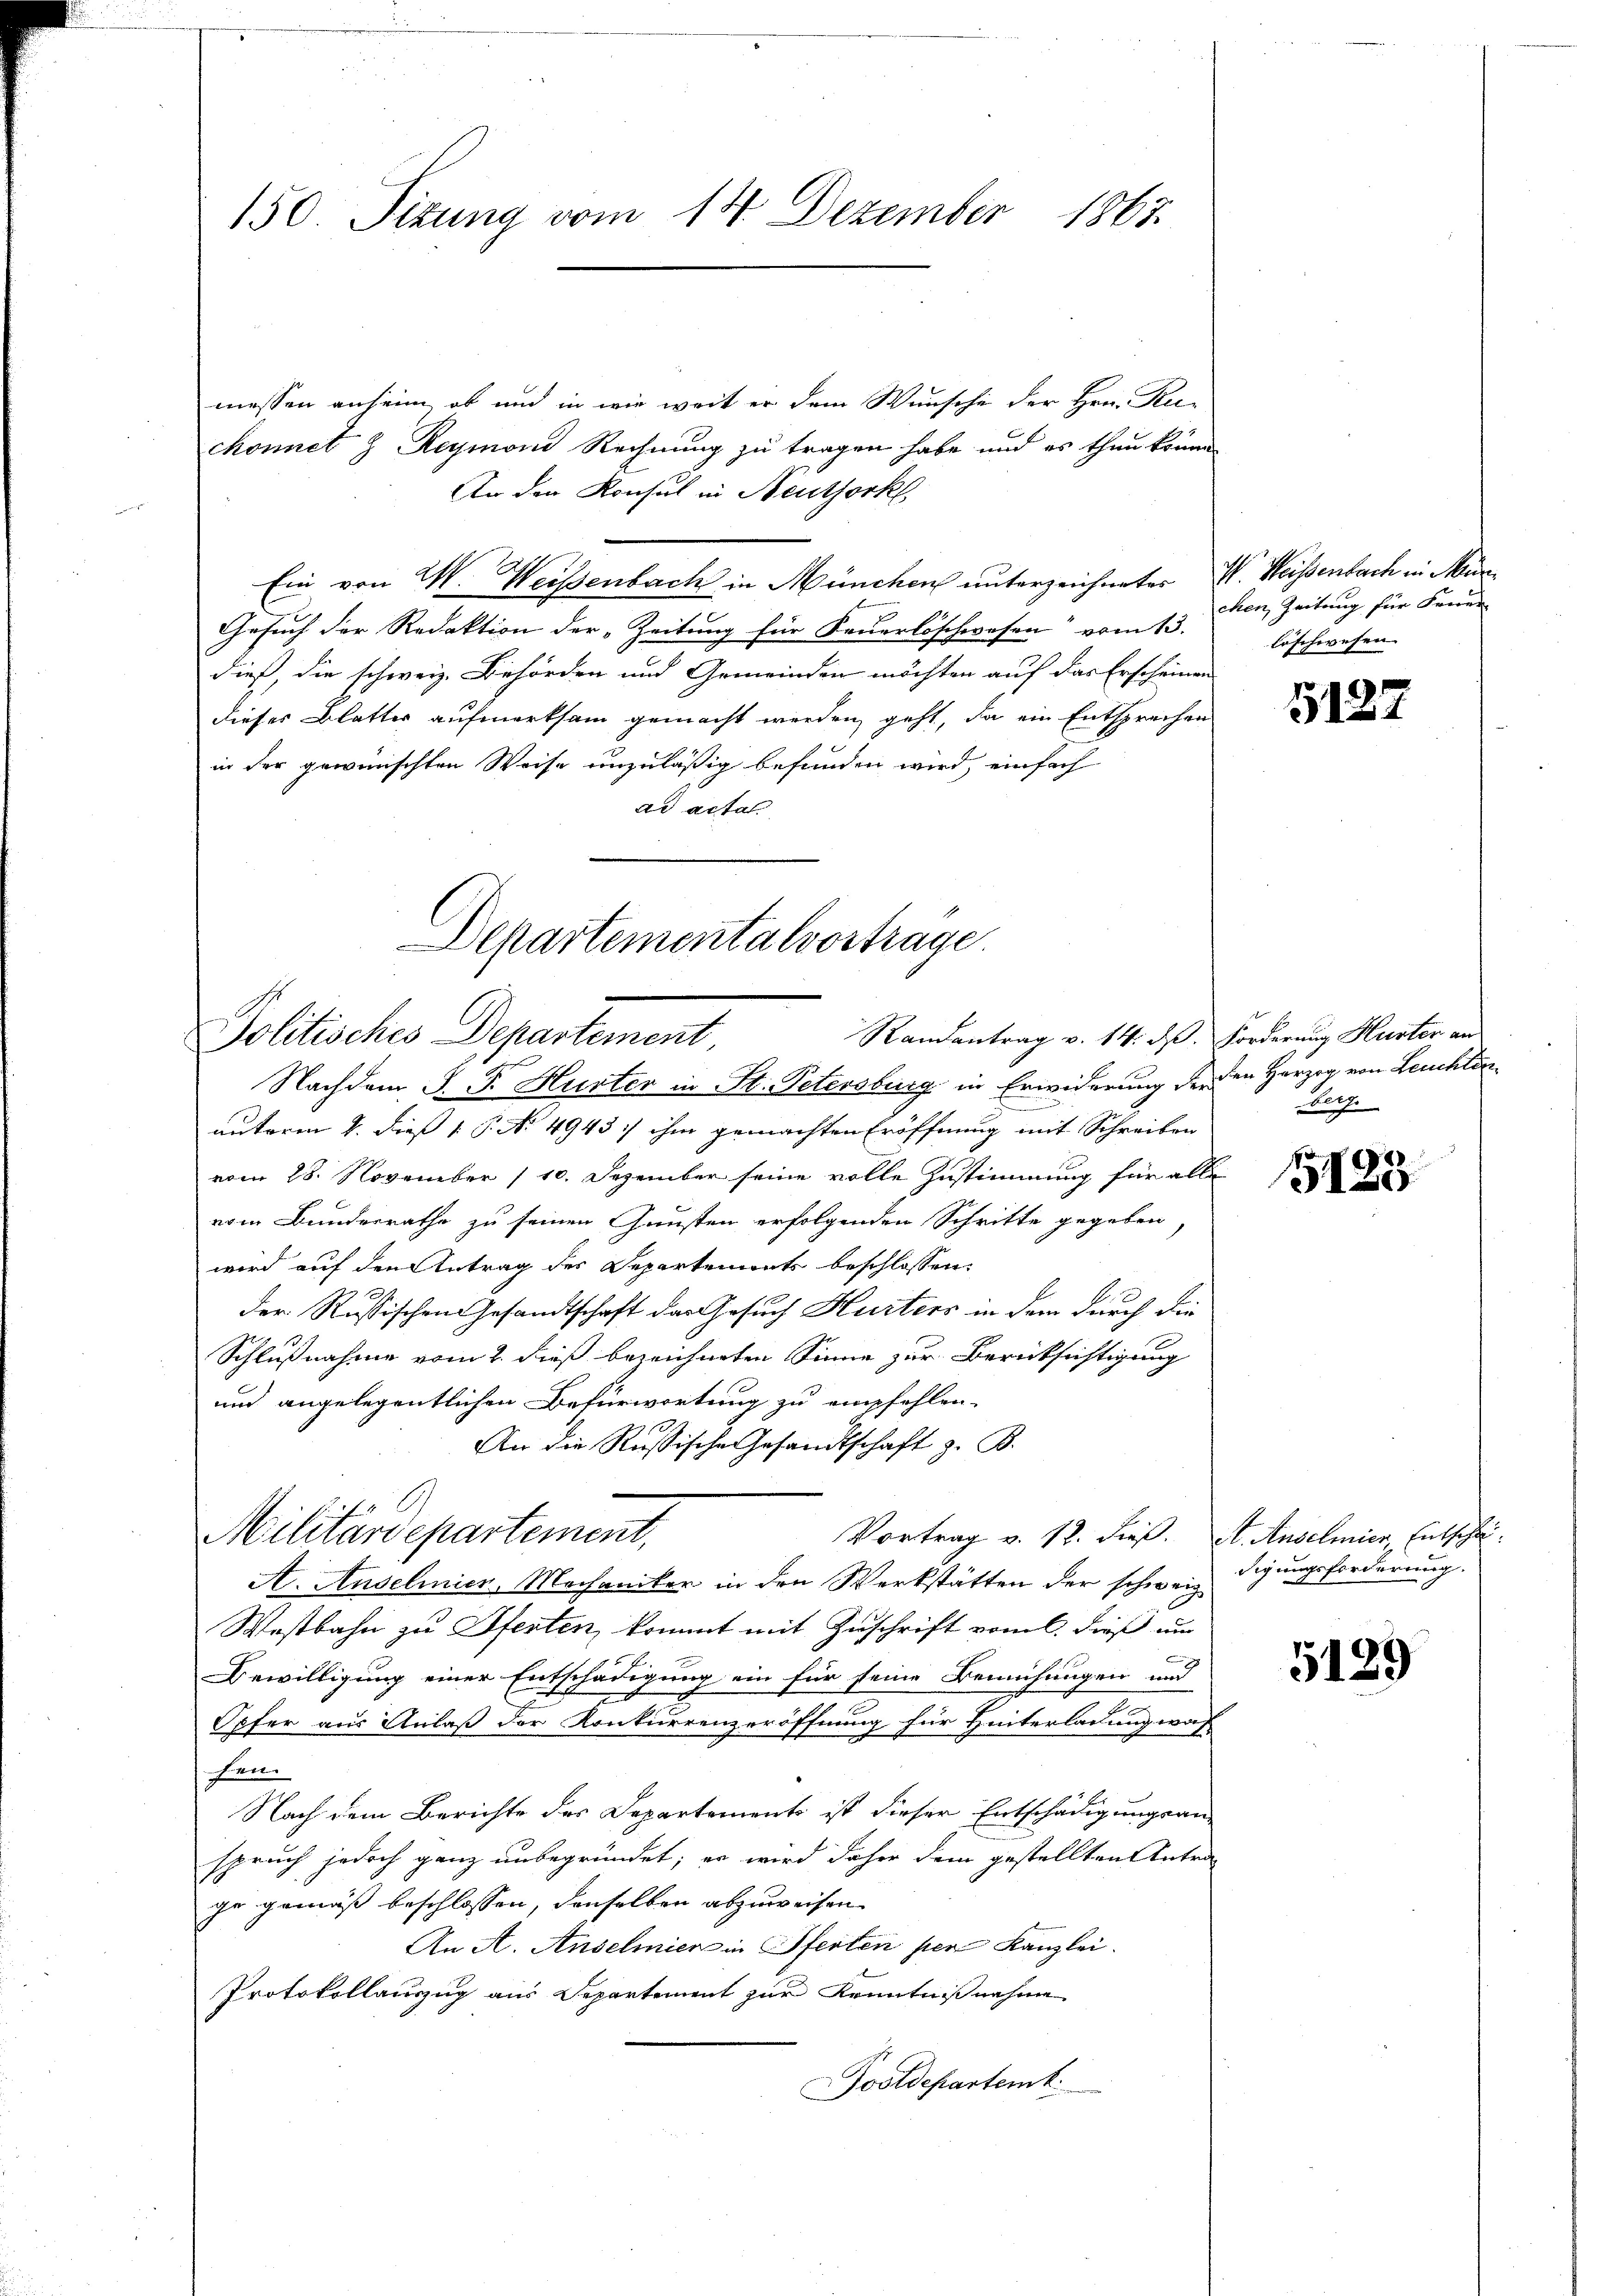
150. Sizung vom 14. Dezember 1867.

messen anheim, ob und in wie weit er dem Wunsche der Hrn. Ruchonnet & Reymoni Rechnung zu tragen habe und es thun könne.
An den Konsul in Neuthork
Ein von W. Weisenbach in München unterzeichneter I. Weisenbach in Mur¬
Gesuch der Redaktion der „Zeitung für Feuerlöschwesen“ vom 13.
dieß, die schweiz. Behörden und Gemeinden möchten auf das Erscheinen
dieses Blatter aufmerksam gemacht werden, geht, da ein Entsprechen
in der gewünschten Weise unzuläßig befunden wird, einfach
ad acta.

Departementalvortrage.
Randantrag v. 14. ds. Forderung Huster an
Politisches Departement,
Nachdem J. P. Hurter in St. Petersburg in Erwiderung der den Herzog von Leuchlda¬

autoren v. dieß P. No 4943 :/ ihm gemachten Eröffnung mit Schreiben
vom 28. November 110. Dezember seine volle Zustimmung für alle
vom Bunderrathe zu seinen Gunsten erfolgenden Schritte gegeben,
wird auf den Antrag des Departements beschlossen:
Der Russischen Gesandtschaft der Gesuch Hurters in dem durch die
Schlußnahme vom 2. dieß bezeichneten Sinne zur Berücksichtigung
und angelegentlichen Befürwortung zu empfehlen.
An die Russische Gesandtschaft z. B.
Vortrag v. 12. dieß. A. Anselmier, Entschei¬
A. Anselmier, Mechaniker in den Werkstätten der schweiz.
Westbahn zu Pferten, kommt mit Zuschrift vom 6. dieß um
Bewilligung einer Entschädigung ein für seine Bemühungen und
Opfer aus Anlaß der Konkurrenzeröffnung für Hinterladung was
han
Nach dem Berichte des Departements ist dieser Entschädigungsan-
spruch jedoch ganz unbegründet; er wird daher dem gestellten Antra
ge gemäß beschlossen, denselben abzuweisen
An A. Anschmier in Pferten per Kanzlei.
Protokollauszug aus Departement zur Kenntnißnahme
ooldepartemt

Militärdepartement,

chen, Zeitung für Feuer
löschwesen.

5127

berg.

15125

digungsforderung.

5129